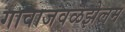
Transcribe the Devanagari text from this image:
गावाजवळझेलम